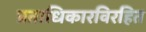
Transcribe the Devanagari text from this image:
प्रताधिकारविरहित